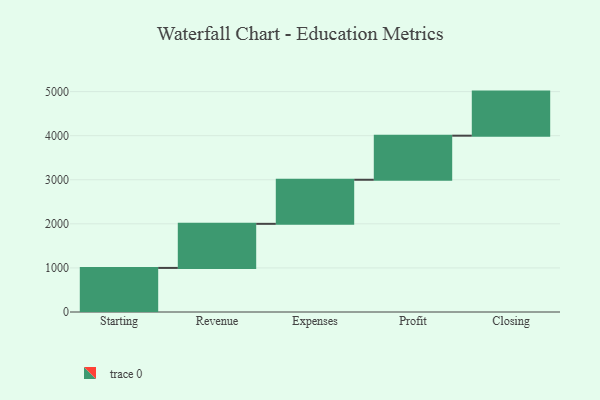
{"axis": {"x": "Step", "y": "Value"}, "legend": [""], "data": [{"x": "Starting", "y": 1000, "type": ""}, {"x": "Revenue", "y": 1000, "type": ""}, {"x": "Expenses", "y": 1000, "type": ""}, {"x": "Profit", "y": 1000, "type": ""}, {"x": "Closing", "y": 1000, "type": ""}]}